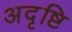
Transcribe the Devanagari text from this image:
अदृष्टि